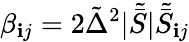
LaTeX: \beta_{\mathbf{i}j}=2\tilde{{\Delta}}^{2}|\tilde{{\bar{{S}}}}|\tilde{{\bar{{S}}}}_{\mathbf{i}j}